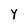
Character: Y